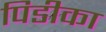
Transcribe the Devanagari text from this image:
पिडीका